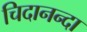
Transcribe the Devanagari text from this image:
चिदानन्दा